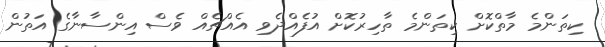
ކިތަންމެ މާތްކޮށް ކިތަންމެ ތާހިރުކޮށް އުފެއްދެވި އެއްޗެއް ވެސް އިންސާނާގެ އަތުން